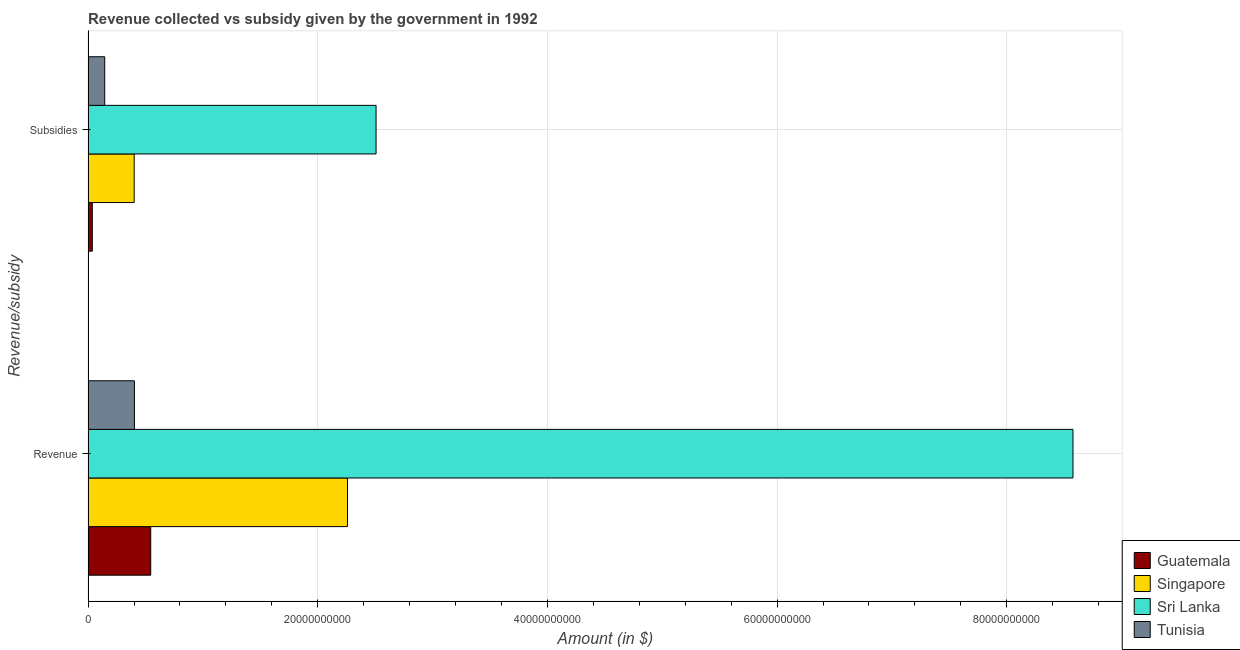
| Revenue/subsidy | Guatemala | Singapore | Sri Lanka | Tunisia |
 | --- | --- | --- | --- | --- |
 | Revenue | 5.45e+09 | 2.26e+10 | 8.58e+10 | 4.03e+09 |
 | Subsidies | 3.67e+08 | 4.01e+09 | 2.51e+10 | 1.45e+09 |